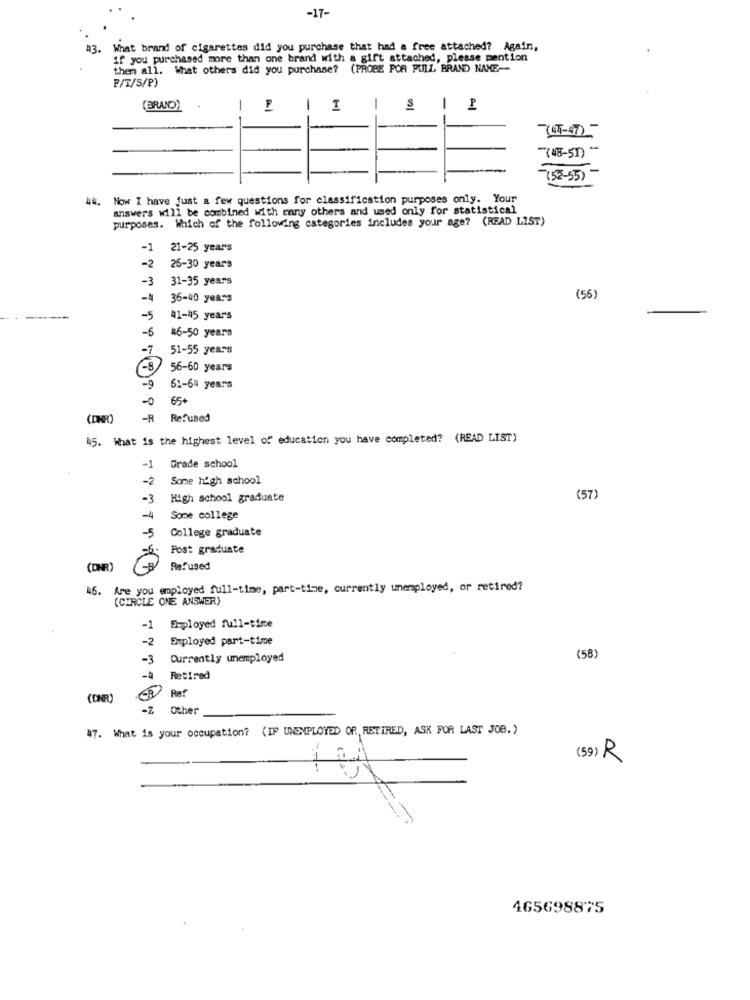
-17-
#3.
What brand of cigarettes did you purchase that had a free attached? Again,
if you purchased more than one brand with a gift attached, please mention
them all. What others did you purchase? (PROBE POR FULL BRAND NAME --
F/T/S/P)
(BRAND)
-
-
I
-
-
(44-47)-
"(48-51) *
-(53-55) -
44.
Now I have just a few questions for classification purposes only. Your
answers will be combined with many others and used only for statistical
purposes. Which of the following categories includes your age? (READ LIST)
-1
21-25 years
-2
26-30 years
-3
31-35 years
-4
36-40 years
(56
-5
41-45 years
-6
46-50 years
51-55 years
-8
56-60 years
62-64 years
65+
(DNR)
-R
Refused
45. What is the highest level of education you have completed? (READ LIST)
-1
Grade school
-2
Some high school
-3
High school graduate
(57)
-4
Some college
-5
College graduate
Post graduate
(DNR)
Refused
46.
Are you employed full-time, part-time, currently unemployed, or retired?
(CIRCLE ONE ANSWER)
-1
Employed full-time
-2
Employed part-time
-3 Currently unemployed
(58)
Retired
(DNR)
CB Ref
-Z
Other
47. What is your occupation? (IF UNEMPLOYED OR, RETIRED, ASK FOR LAST JOB.)
(59) R
835
465698875